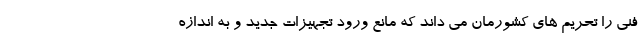
فنی را تحریم های کشورمان می داند که مانع ورود تجهیزات جدید و به اندازه